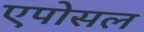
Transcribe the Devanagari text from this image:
एपोसल